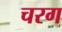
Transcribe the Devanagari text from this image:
चरग